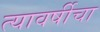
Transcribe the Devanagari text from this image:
त्यावर्षीचा